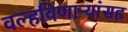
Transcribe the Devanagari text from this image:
वल्हविणाऱ्यांसह